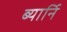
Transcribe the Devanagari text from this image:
ब्यार्नि